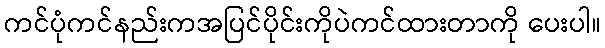
ကင်ပုံကင်နည်းကအပြင်ပိုင်းကိုပဲကင်ထားတာကို ပေးပါ။